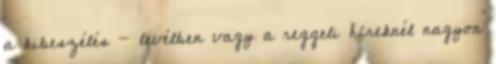
a kibeszélés - levélben vagy a reggeli híreknél nagyon